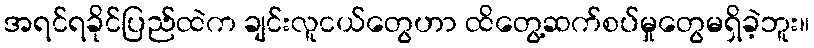
အရင်ရခိုင်ပြည်ထဲက ချင်းလူငယ်တွေဟာ ထိတွေ့ဆက်စပ်မှုတွေမရှိခဲ့ဘူး။